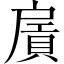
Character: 𢩛